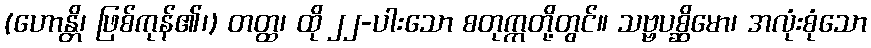
(ဟောန္တိ၊ ဖြစ်ကုန်၏၊) တတ္ထ၊ ထို ၂၂-ပါးသော စတုက္ကတို့တွင်။ သဗ္ဗပစ္ဆိမော၊ အလုံးစုံသော